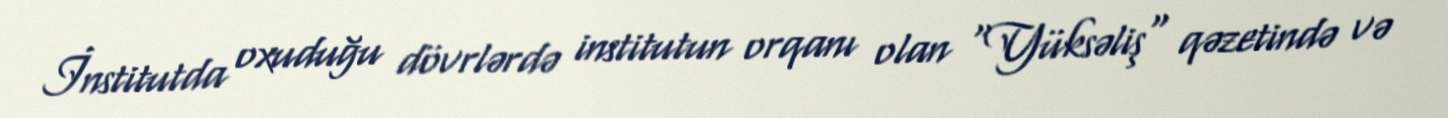
İnstitutda oxuduğu dövrlərdə institutun orqanı olan "Yüksəliş" qəzetində və